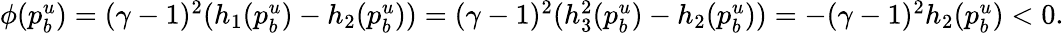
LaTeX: \begin{array}{r}{\phi(p_{b}^{u})=(\gamma-1)^{2}(h_{1}(p_{b}^{u})-h_{2}(p_{b}^{u}))=(\gamma-1)^{2}(h_{3}^{2}(p_{b}^{u})-h_{2}(p_{b}^{u}))=-(\gamma-1)^{2}h_{2}(p_{b}^{u})<0.}\end{array}